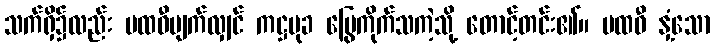
သက်ရှိ၌လည်း ပထဝီပျက်လျှင် ကဋ္ဌမုခ မြွေကိုက်သကဲ့သို့ တောင့်တင်း၏။ ပထဝီ နှံ့သော